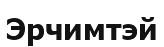
Эрчимтэй